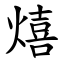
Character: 熺